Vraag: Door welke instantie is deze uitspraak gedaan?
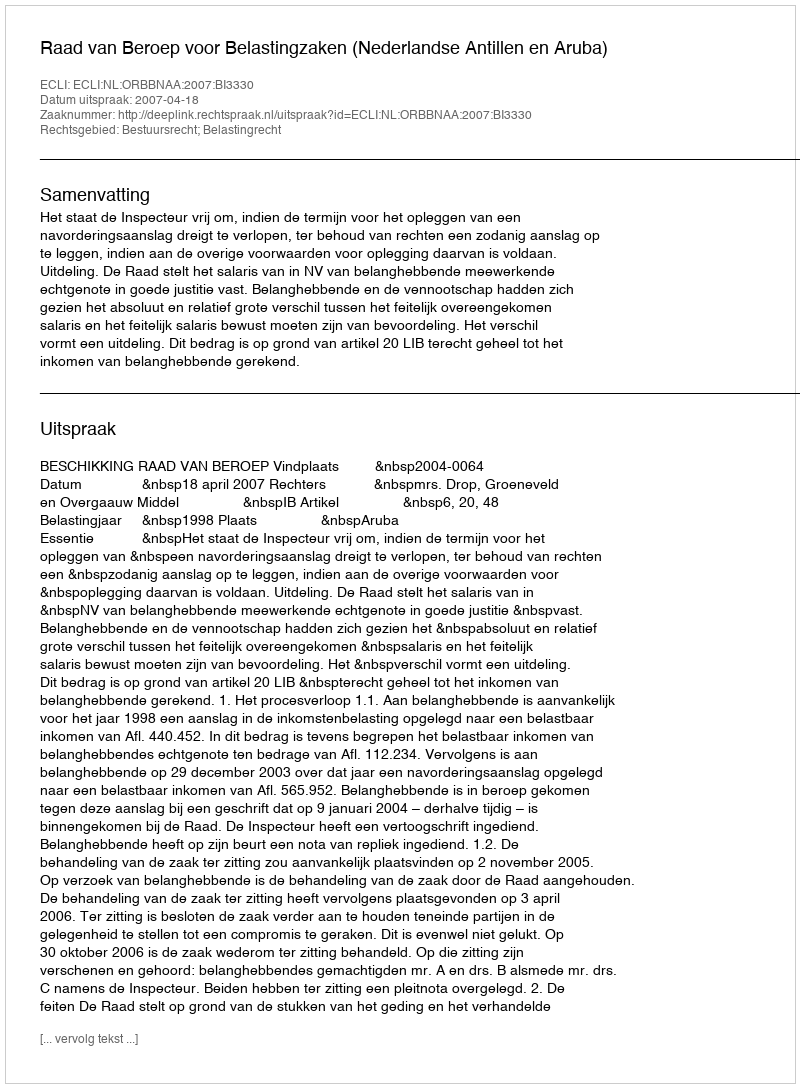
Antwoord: Raad van Beroep voor Belastingzaken (Nederlandse Antillen en Aruba)